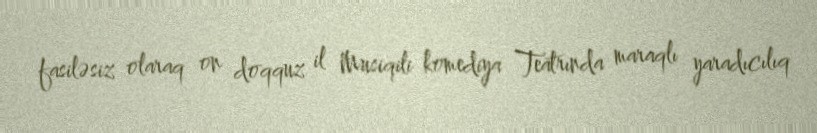
fasiləsiz olaraq on doqquz il Musiqili komediya Teatrında maraqlı yaradıcılıq